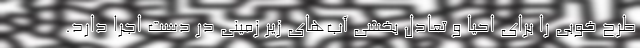
طرح خوبی را برای احیا و تعادل بخشی آب‌های زیر زمینی در دست اجرا دارد.